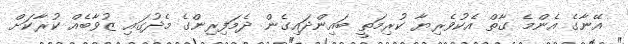
އޭނާގެ އެންމެ ގާތް އެކުވެރިޔާ ކުރިމަތީ ބައިންދައިގެން ދެމަފިރިންގެ މެދުގައި ޒުވާބެއް ކުރާކަށް